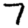
Digit: 7